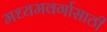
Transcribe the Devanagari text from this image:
मध्यमवर्गासाठी